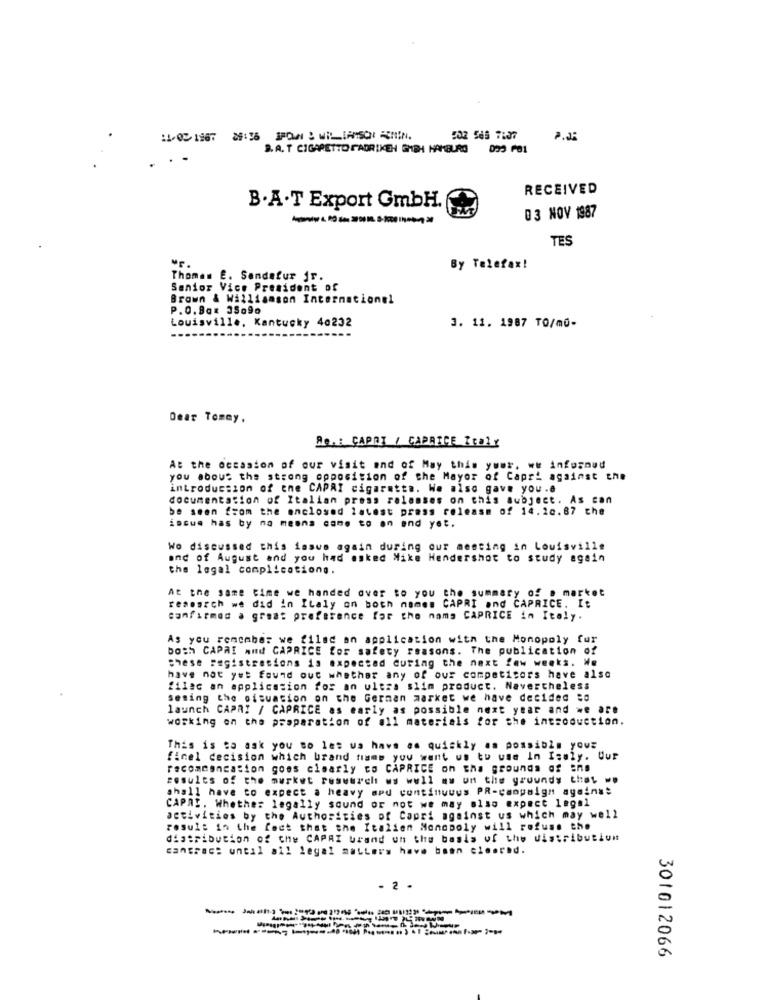
1-02- 1967 88:35 PON . WILIAMSON ACHIN.
S.A. T CIGARETTO FABRIKEN GMBH HAMBURG
RECEIVED
B. A .T Export GmbH.
03 NOV 1987
TES
By Telefax!
Thomas E. Sandafur fr.
Senior Vice President of
Brown & Williamson International
P.0.8az 35.9o
Louisville, Kantucky 40232
3. 11. 1987 TO/m0-
Dear Tommy.
Me. : CAPA] / CAPRICE Italy
At the occasion of our visit and of May this your. ww infornud
you about the strong opposition of the Mayor of Capri against the
introduction of ene CAPRI cigaretta. We also gave you .a
documentation of Italian press releases on this subject. As can
be seen from the enclosed latest press release of 14.20.87 the
issue has by na meona came to an end yet.
Wo discussed this issue again during our meeting in Louisville
and of August and you had asked Mike Hendershot to study again
the legal complicationg.
At the same time we handed over to you the summary of @ market
research we did in Italy on both names CAPRI and CAPRICE. It
confirmed a great preference for the nams CAPRICE in Italy.
As you remember we filed an application with the Monopoly fur
both CAPAI And CAPRICE for safety reasons. The publication of
Chese registrations is expected during the next few weeks. He
have not yet found out whether any of our competitors have also
filec an application for an ultra slim product. Nevertheless
seming the situation on the German market we have decided :a
launch CAPRI / CAPRICE as early as possible next year and we are
working on the preparation of all materials for the introduction.
This is to ask you so let us have an quickly as possible youz
ficel decision which brand trams you want us to use In Italy. Uur
recommancation goes clearly co CAPRICE on sha grounds of ans
results of the market resuurch ws well mu on the groundy that we
shall have to expect a heavy apu continuous PR-campaign against
CAPAI. Whether legally sound or not we may also expect legal
activities by the Authorities of Capri against us which may well
result in the fact that the Italien Monopoly will refuse the
distribution of the CAPAI urand un the basis of the distribution
cangrac: until all legal matters have been cleared.
- 2 .
301012066